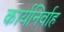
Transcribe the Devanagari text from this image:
कार्यनिर्वाह